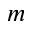
m